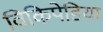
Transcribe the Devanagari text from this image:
विकिपेडिया